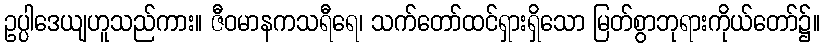
ဥပ္ပါဒေယျဟူသည်ကား။ ဇီဝမာနကသရီရေ၊ သက်တော်ထင်ရှားရှိသော မြတ်စွာဘုရားကိုယ်တော်၌။